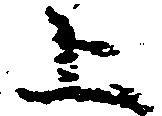
上